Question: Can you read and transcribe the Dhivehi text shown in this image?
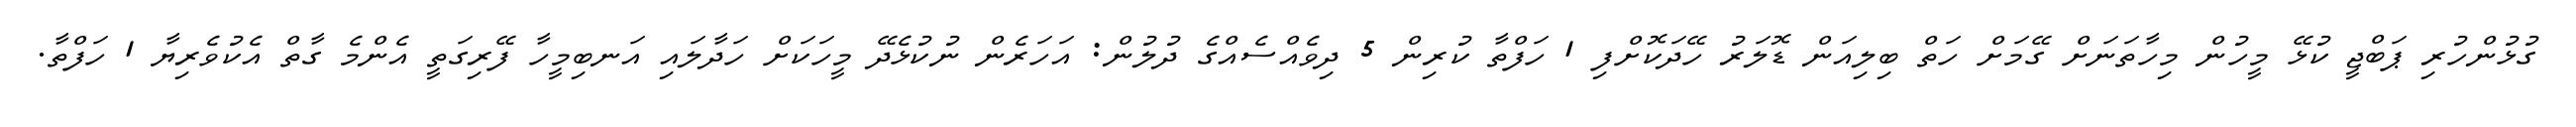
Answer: ގުޅުންހުރި ޕަބްޖީ ކުޅޭ މީހުން މިހާތަނަށް ގޭމަށް ހަތް ބިލިއަން ޑޮލަރު ހޭދަކޮށްފި 1 ހަފްތާ ކުރިން 5 ދިވެއްސެއްގެ ދުލުން: އަހަރެން ނުކުޅެދޭ މީހަކަށް ހަދާލައި އަނބިމީހާ ފޭރިގަތީ އެންމެ ގާތް އެކުވެރިޔާ 1 ހަފްތާ.